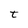
Character: t